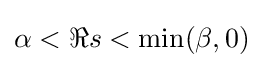
\alpha <\Re s<\min(\beta ,0)